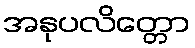
အနုပလိတ္တော